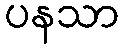
ပနသာ